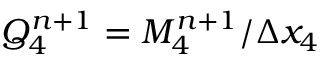
Q _ { 4 } ^ { n + 1 } = M _ { 4 } ^ { n + 1 } / \Delta x _ { 4 }